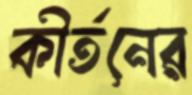
কীর্তনের